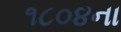
૧૮૦૪ના